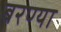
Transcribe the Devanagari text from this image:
बरण्या